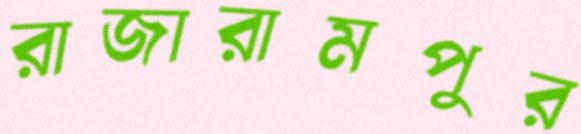
রাজারামপুর